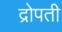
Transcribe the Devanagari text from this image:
द्रोपती